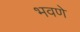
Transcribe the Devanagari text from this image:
भवणे